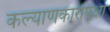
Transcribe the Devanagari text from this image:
कल्याणकारीपेक्षा